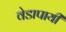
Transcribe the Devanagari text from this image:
वेडापायी